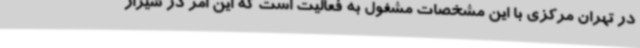
در تهران مرکزی با این مشخصات مشغول به فعالیت است که این امر در شیراز